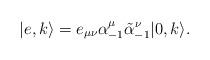
LaTeX: \begin{align*}|e,k\rangle = e_{\mu\nu} \alpha^\mu_{-1} \tilde\alpha^\nu_{-1}|0,k\rangle. \end{align*}